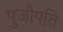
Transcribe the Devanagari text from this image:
पुजीपति